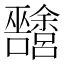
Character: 𱕴